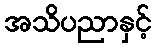
အသိပညာနှင့်